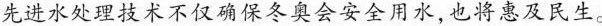
先进水处理技术不仅确保冬奥会安全用水,也将惠及民生。